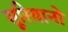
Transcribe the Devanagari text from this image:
सूरियानो